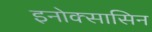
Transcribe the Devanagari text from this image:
इनोक्सासिन